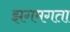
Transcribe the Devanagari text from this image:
झगमगता